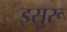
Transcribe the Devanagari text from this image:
इसुरू